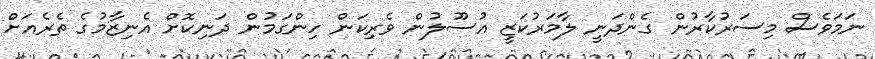
ނަމަވެސް މިސަރުކާރުން ގެންދަނީ ލާމަރުކަޒީ އުސޫލުން ވެރިކަން ހިންގަމުން ދަނިކޮށް އެނިޒާމުގެ ތެރެއަށް